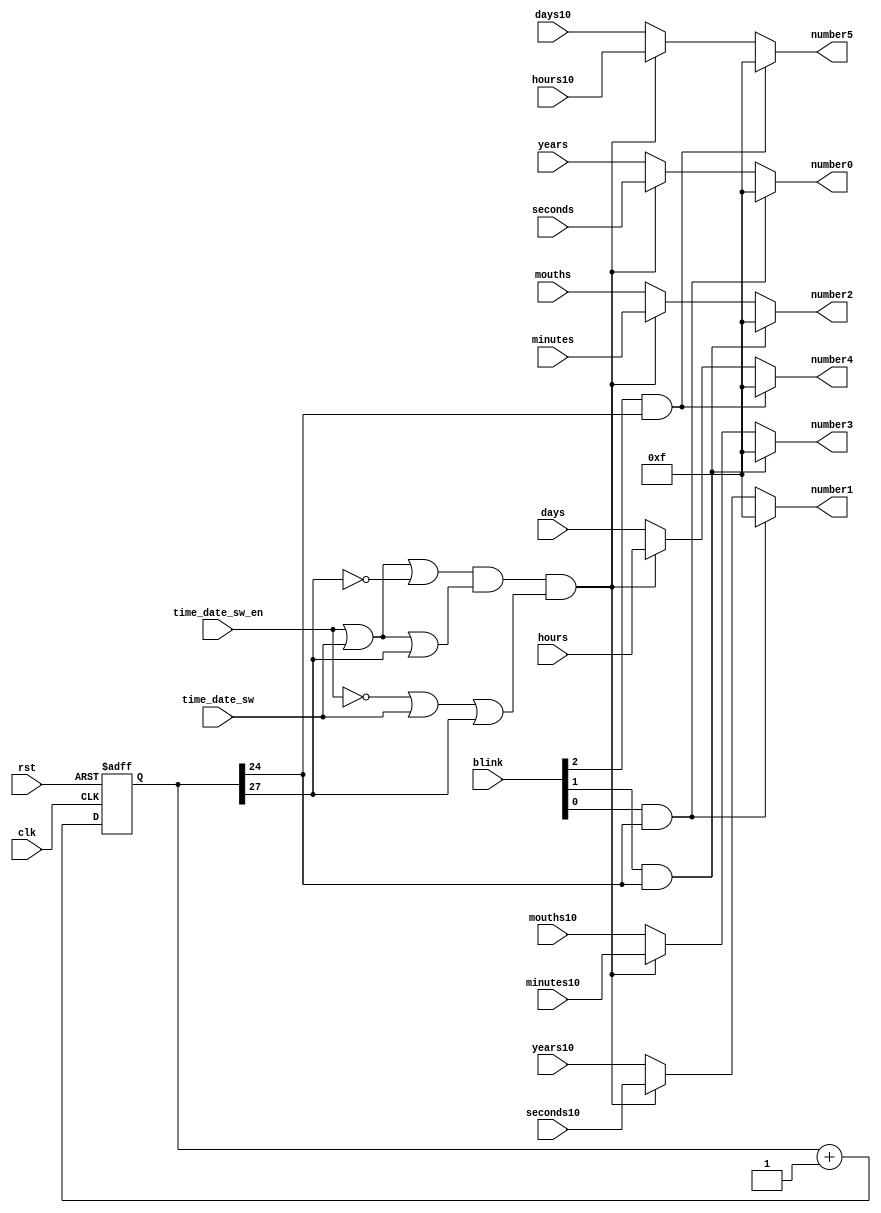
`timescale 1ns / 1ps
//////////////////////////////////////////////////////////////////////////////////
// Company: 
// Engineer: 
// 
// Design Name: 
// Module Name:    time_date_mux 
// Project Name: 
// Target Devices: 
// Tool versions: 
// Description: 
//
// Dependencies: 
//
// Revision: 
// Revision 0.01 - File Created
// Additional Comments: 
//
//////////////////////////////////////////////////////////////////////////////////
module time_date_mux(
			input rst,
			input clk,
			input [3:0] hours10,
			input [3:0]	hours,
			input [3:0] minutes10,
			input [3:0] minutes,
			input [3:0] seconds10,
			input [3:0] seconds,
			input [3:0] days10,
			input [3:0] days,
			input [3:0] mouths10,
			input [3:0] mouths,
			input [3:0] years10,
			input [3:0] years,
			input time_date_sw_en,
			input time_date_sw,
			input [2:0] blink,
			output [3:0] number0,
			output [3:0] number1,
			output [3:0] number2,
			output [3:0] number3,
			output [3:0] number4,
			output [3:0] number5
    );

reg [31:0] count;
wire mux_switch = (time_date_sw_en | time_date_sw | ~count[27]) & (time_date_sw_en | time_date_sw | count[27]) & (~time_date_sw_en | time_date_sw | count[27]);

always @(posedge clk or negedge rst)
begin
	if(!rst)
		count <= 32'b0;
	else
		count <= count + 1'b1; 
end


assign number5 = (blink[2] & count[24]) ? 4'b1111 : (mux_switch ? hours10 : days10);
assign number4 = (blink[2] & count[24]) ? 4'b1111 : (mux_switch ? hours : days);
assign number3 = (blink[1] & count[24]) ? 4'b1111 : (mux_switch ? minutes10 : mouths10);
assign number2 = (blink[1] & count[24]) ? 4'b1111 : (mux_switch ? minutes : mouths);
assign number1 = (blink[0] & count[24]) ? 4'b1111 : (mux_switch ? seconds10 : years10);
assign number0 = (blink[0] & count[24]) ? 4'b1111 : (mux_switch ? seconds : years);


endmodule